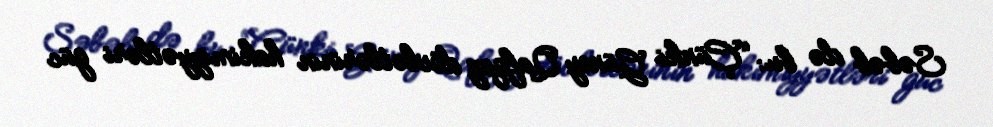
Səbəb də bu: “Çünki Güney Qafqaz dövlətlərinin hakimiyyətləri güc